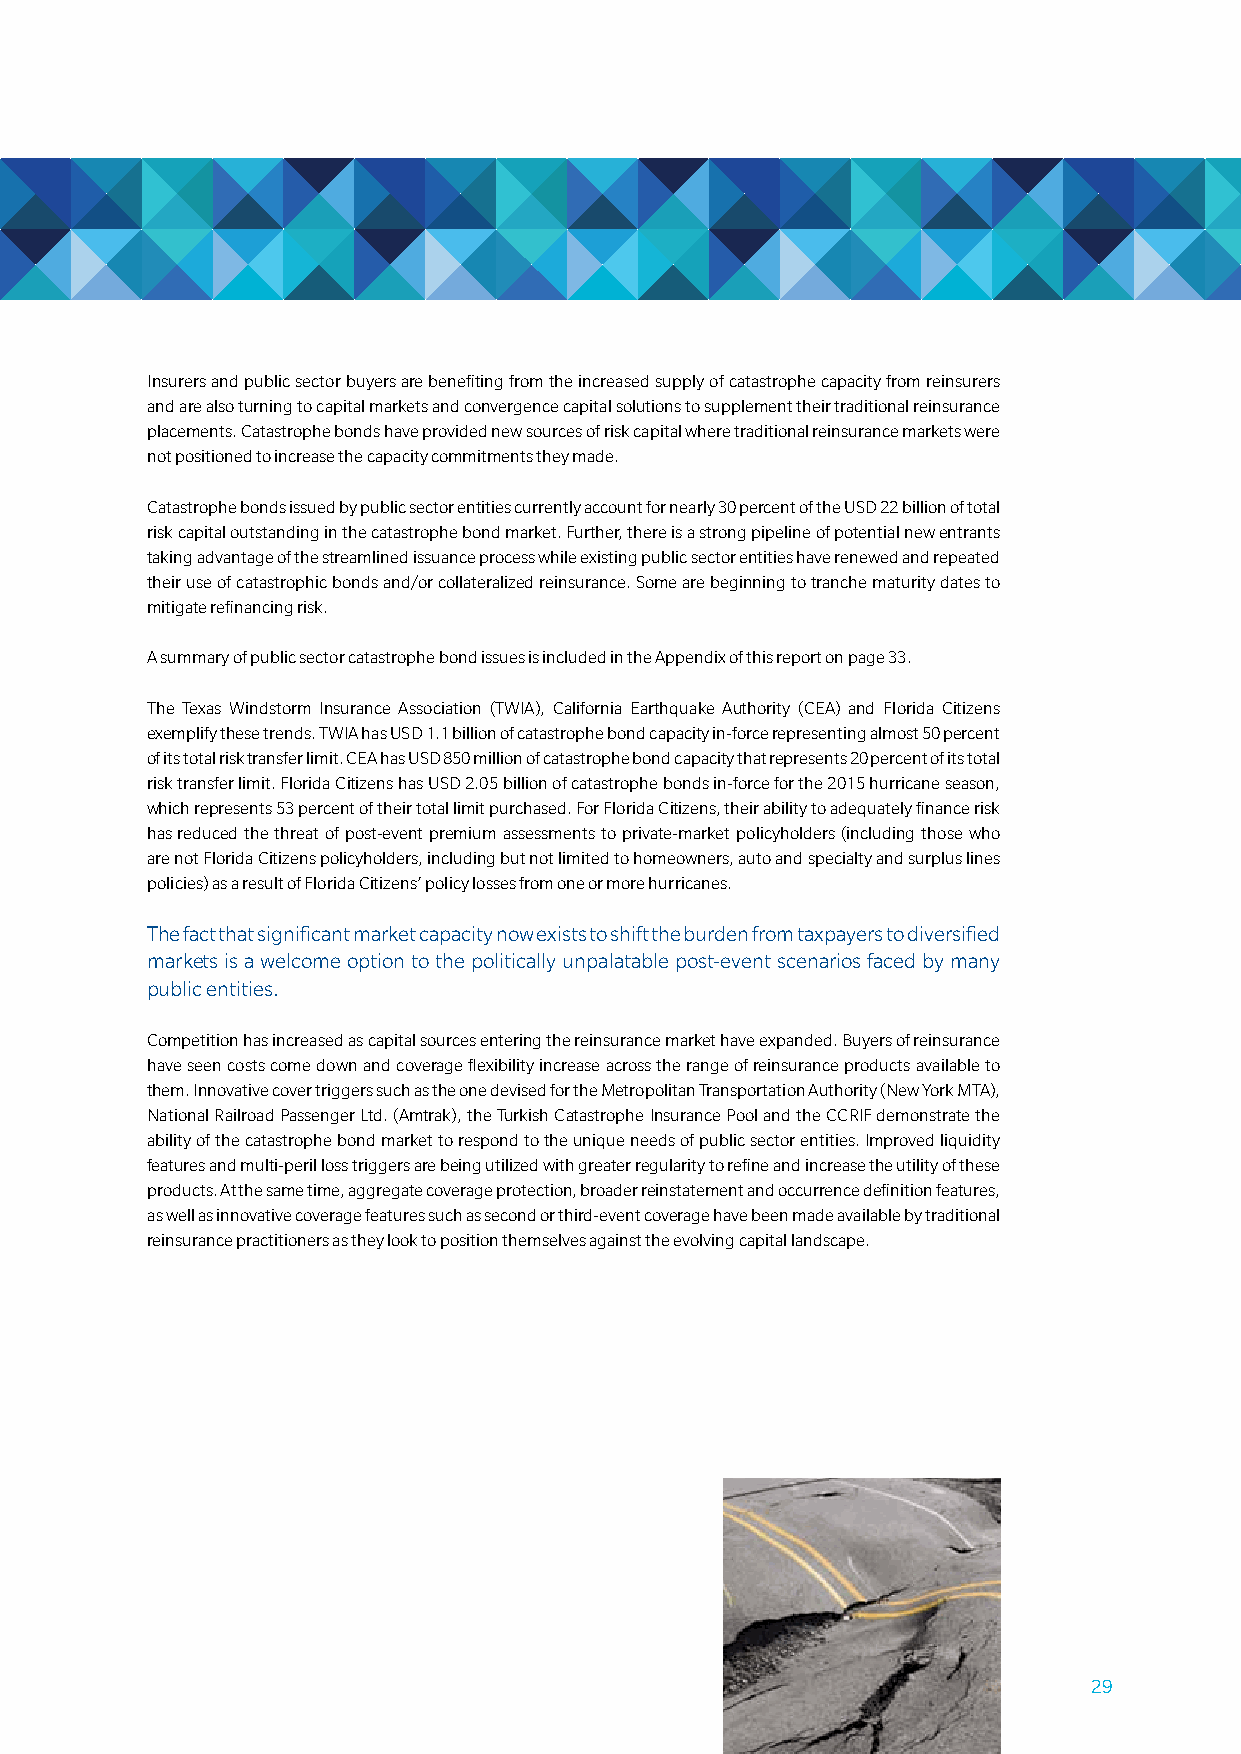
insurers and public sector buyers are benefiting from the increased supply of catastrophe capacity from reinsurers
 and are also turning to capital markets and convergence capital solutions to supplement their traditional reinsurance
 placements. catastrophe bonds have provided new sources of risk capital where traditional reinsurance markets were
 not positioned to increase the capacity commitments they made.
 catastrophe bonds issued by public sector entities currently account for nearly 30 percent of the usd 22 billion of total
 risk capital outstanding in the catastrophe bond market. Further, there is a strong pipeline of potential new entrants
 taking advantage of the streamlined issuance process while existing public sector entities have renewed and repeated
 their use of catastrophic bonds and/or collateralized reinsurance. some are beginning to tranche maturity dates to
 mitigate refinancing risk.
 a summary of public sector catastrophe bond issues is included in the appendix of this report on page 33.
 the texas Windstorm insurance association (tWia), california earthquake authority (cea) and Florida citizens
 exemplify these trends. tWia has usd 1.1 billion of catastrophe bond capacity in-force representing almost 50 percent
 of its total risk transfer limit. cea has usd 850 million of catastrophe bond capacity that represents 20 percent of its total
 risk transfer limit. Florida citizens has usd 2.05 billion of catastrophe bonds in-force for the 2015 hurricane season,
 which represents 53 percent of their total limit purchased. For Florida citizens, their ability to adequately finance risk
 has reduced the threat of post-event premium assessments to private-market policyholders (including those who
 are not Florida citizens policyholders, including but not limited to homeowners, auto and specialty and surplus lines
 policies) as a result of Florida citizens’ policy losses from one or more hurricanes.
 the fact that significant market capacity now exists to shift the burden from taxpayers to diversified
 markets is a welcome option to the politically unpalatable post-event scenarios faced by many
 public entities.
 competition has increased as capital sources entering the reinsurance market have expanded. buyers of reinsurance
 have seen costs come down and coverage flexibility increase across the range of reinsurance products available to
 them. innovative cover triggers such as the one devised for the metropolitan transportation authority (new york mta),
 national railroad Passenger ltd. (amtrak), the turkish catastrophe insurance Pool and the ccriF demonstrate the
 ability of the catastrophe bond market to respond to the unique needs of public sector entities. improved liquidity
 features and multi-peril loss triggers are being utilized with greater regularity to refine and increase the utility of these
 products. at the same time, aggregate coverage protection, broader reinstatement and occurrence definition features,
 as well as innovative coverage features such as second or third-event coverage have been made available by traditional
 reinsurance practitioners as they look to position themselves against the evolving capital landscape.
 29